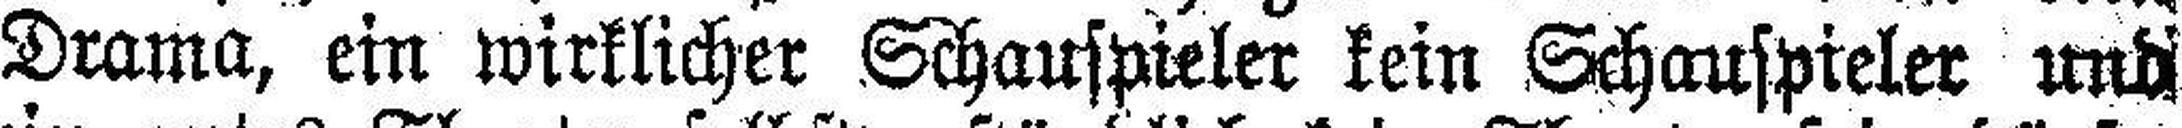
Drama, ein wirklicher Schauspieler kein Schauspieler und